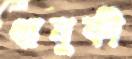
ধানুকী